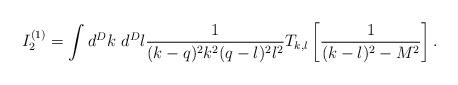
LaTeX: \begin{align*}I_2^{(1)}= \int d^Dk~d^Dl\frac{1}{(k-q)^2k^2(q-l)^2l^2}T_{k,l}\left[\frac{1}{(k-l)^2-M^2}\right].\end{align*}